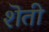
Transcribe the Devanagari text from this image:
शॆती